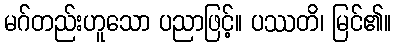
မဂ်တည်းဟူသော ပညာဖြင့်။ ပဿတိ၊ မြင်၏။